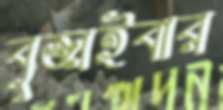
বুজাইবার